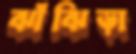
ঝাঁঝিড়া